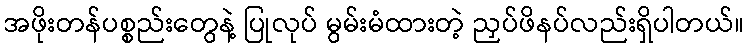
အဖိုးတန်ပစ္စည်းတွေနဲ့ ပြုလုပ် မွမ်းမံထားတဲ့ ညှပ်ဖိနပ်လည်းရှိပါတယ်။